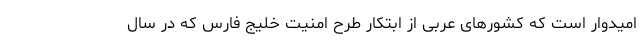
امیدوار است که کشورهای عربی از ابتکار طرح امنیت خلیج فارس که در سال